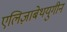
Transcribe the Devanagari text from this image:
एलिज़ाबेथयुगीन